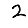
Digit: 2